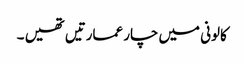
کالونی میں چار عمارتیں تھیں ۔